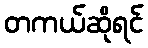
တကယ်ဆိုရင်